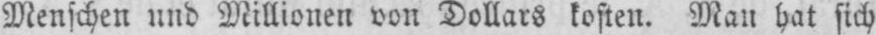
Menschen und Millionen von Dollars kosten. Man hat sich